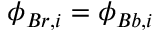
\phi _ { B r , i } = \phi _ { B b , i }